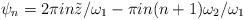
LaTeX: \begin{align*}\psi_n = 2\pi i n\tilde{z}/\omega_1 -\pi i n(n+1)\omega_2/\omega_1\end{align*}